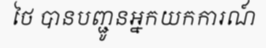
ថៃ បានបញ្ជូនអ្នកយកការណ៍